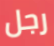
رجل